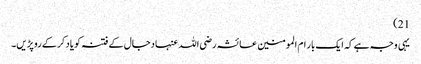
21)
یہی وجہ ہے کہ ایک بار ام المومنین عائشہ رضی اللہ عنہا دجال کے فتنہ کو یاد کرکے روپڑیں۔